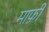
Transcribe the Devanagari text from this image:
मार्फ़ी